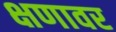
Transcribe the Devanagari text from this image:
क्षणावर